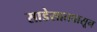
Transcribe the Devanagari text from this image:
साडेसातपासून